Vaccination in the Punjab 1867-1880 - 1867-1880
Year: 1867
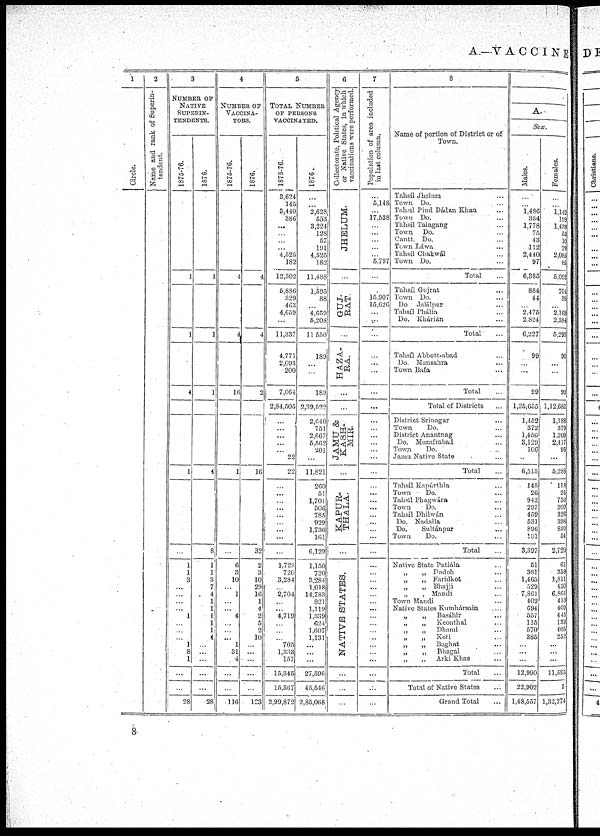
A.—VACCINE
1
Circle.
2
Name and rank of Superin-
tendent.
3
NUMBER OF
NATIVE
SUPERIN¬
TENDENTS.
1875-76.
...
...
...
...
...
...
...
...
...
...
1
...
...
...
...
...
1
...
...
...
4
...
...
...
...
...
...
...
1
...
...
...
...
...
...
...
...
...
1
1
3
...
...
...
...
1
...
...
...
1
8
1
...
...
28
1876.
...
...
...
...
...
...
...
...
...
...
1
...
...
...
...
...
1
...
...
...
1
...
...
...
...
...
...
...
4
...
...
...
...
...
...
...
...
8
1
1
3
7
4
1
1
1
1
1
4
...
...
...
...
...
28
4
NUMBER OF
VACCINA¬
TORS.
1875-76.
...
...
...
...
...
...
...
...
...
...
4
...
...
...
...
...
4
...
...
...
16
...
...
...
...
...
...
...
1
...
...
...
...
...
...
...
...
...
6
3
10
...
1
...
...
4
...
...
...
1
31
4
...
...
116
1876.
...
...
...
...
...
...
...
...
...
...
4
...
...
...
...
...
4
...
...
...
2
...
...
...
...
...
...
...
16
...
...
...
...
...
...
...
...
32
2
3
10
29
16
1
4
2
5
2
10
...
...
...
...
...
123
5
TOTAL NUMBER
OF PERSONS
VACCINATED.
1875-76.
3,624
145
3,440
386
...
...
...
...
4,525
182
12,302
6,886
329
463
4,659
...
11,337
4,771
2,093
200
7,064
2,84,505
...
...
...
...
...
22
22
...
...
...
...
...
...
...
...
...
1,723
720
3,284
...
2,704
...
...
4,719
...
...
...
705
1,333
157
15,345
15,367
2,99,872
1876.
...
...
2,628
553
3,224
128
57
191
4,525
182
11,488
1,595
88
...
4,659
5,208
11,550
189
...
...
189
2,39,522
2,640
751
2,667
5,562
201
...
11,821
260
51
1,701
506
785
929
1,736
161
6,129
1,150
720
3,284
1,018
14,783
821
1,119
1,339
624
l,607
1,131
...
...
...
27,596
45,546
2,85,068
6
Collectorate, Political Agency
or Native States, in which
vaccinations were performed.
JHELUM.
...
GUJ¬
RAT.
...
HAZA¬
RA.
...
JAMU &
KASH-
MIR.
...
KAPUR¬
THALA.
NATIVE STATES.
...
...
...
7
Population of area included
in last column.
...
5,148
...
17,538
...
...
...
...
...
5,797
...
...
15,907
15,626
...
...
...
...
...
...
...
...
...
...
...
...
...
...
...
...
...
...
...
...
...
...
...
...
...
...
...
...
...
...
...
...
...
...
...
...
...
...
...
8
Name of portion of District or of
Town.
Tahsíl Jhelum ...
Town Do. ...
Tahsíl Pind Dádan Khan ...
Town Do. ...
Tahsíl Talagang ...
'Town
Do. ...
Cantt. Do. ...
Town Láwa ...
Tahsíl Chakwál ...
Town Do. ...
Total ...
Tahsíl Gujrat ...
Town Do. ...
Do Jalálpur ...
Tahsíl Phália ...
Do. Khárián ...
Total ...
Tahsíl Abbott-abad ...
Do. Mansahra ...
Town Bafa ...
Total ...
Total of Districts ...
District Srinagar ...
Town Do. ...
District Anantnag ...
Do. Muzafrabad ...
Town
Do. ...
Jamu Native State ...
Total ...
Tahsíl Kapúrthla ...
Town
Do. ...
Tahsíl Phagwára ...
Town
Do. ...
Tahsíl Dhilwán ...
Do. Nadalla ...
Do.
Sultánpur ...
Town
Do. ...
Total ...
Native State Patiála ...
Dadoh ...
Faridkot ...
Bhajji ...
Mandi ...
Town Mandi ...
Native States Kumhársain
...
Basáhir ...
Keonthal ...
Dhami ...
Koti ...
Baghat ...
Bhagal ...
Arki Khas ...
Total ...
Total of Native States ...
Grand Total ...
A
Sex
Males.
...
...
1,486
354
1,778
75
43
412
2,440
97
6,385
884
44
...
2,475
2,824
6,227
99
...
...
99
1,25,655
1,452
372
1,456
3,129
100
...
6,515
145
20
942
297
459
531
896
101
3,397
51
361
1,465
529
7,861
402
694
557
115
570
385
...
...
...
12,990
22,902
1,48,557
Females.
...
...
l,142
199
1,439
53
10
79
2,085
85
5,092
704
39
...
2,163
2,384
5,295
90
...
...
90
1,12,681
1,188
379
1,209
2,417
95
...
5,283
113
25
756
209
326
398
839
54
2,720
61
359
1,811
430
6,864
410
409
445
139
405
252
...
...
...
11,585
3
1,32,274
8